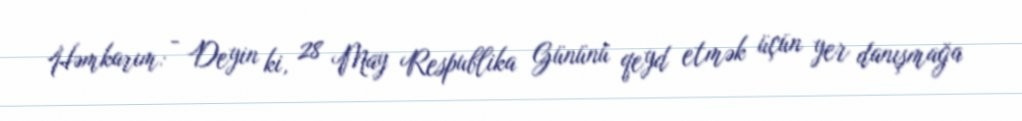
Həmkarım: - Deyin ki, 28 May Respublika Gününü qeyd etmək üçün yer danışmağa